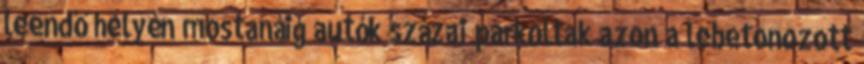
leendő helyén mostanáig autók százai parkoltak azon a lebetonozott